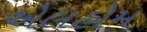
એલહોમ